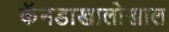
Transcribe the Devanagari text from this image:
कॅनडाखालोखाल